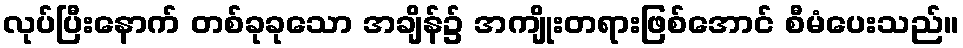
လုပ်ပြီးနောက် တစ်ခုခုသော အချိန်၌ အကျိုးတရားဖြစ်အောင် စီမံပေးသည်။